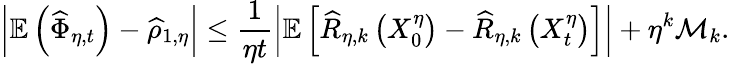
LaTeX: \left|\mathbb{E}\left(\widehat{\Phi}_{\eta,t}\right)-\widehat{\rho}_{1,\eta}\right|\leq\frac{1}{\eta t}\left|\mathbb{E}\left[\widehat{R}_{\eta,k}\left(X_{0}^{\eta}\right)-\widehat{R}_{\eta,k}\left(X_{t}^{\eta}\right)\right]\right|+\eta^{k}\mathcal{M}_{k}.